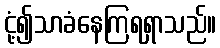
ငုံ့၍သာခံနေကြရရှာသည်။